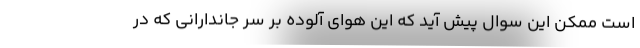
است ممکن این سوال پیش آید که این هوای آلوده بر سر جاندارانی که در